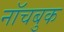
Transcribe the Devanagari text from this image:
नॉचबुक